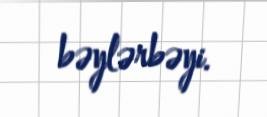
bəylərbəyi.